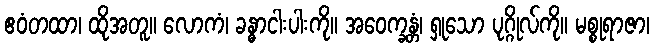
ဧဝံတထာ၊ ထိုအတူ။ လောကံ၊ ခန္ဓာငါးပါးကို။ အဝေက္ခန္တံ၊ ရှုသော ပုဂ္ဂိုလ်ကို။ မစ္စုရာဇာ၊